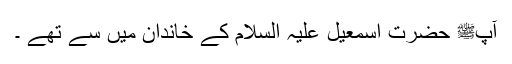
آپﷺ حضرت اسمٰعیل علیہ السلام کے خاندان میں سے تھے ۔